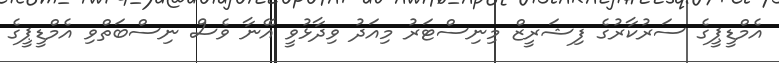
އެމްޑީޕީގެ ސަރުކާރުގެ ފިޝަރީޒް މިނިސްޓަރު މިއަދު ވިދާޅުވީ އޭނާ ވެސް ނިސްބަތްވި އެމްޑީޕީގެ